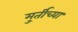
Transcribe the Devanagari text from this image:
मु्र्तीच्या